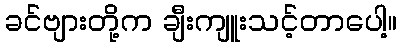
ခင်ဗျားတို့က ချီးကျူးသင့်တာပေါ့။